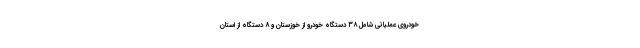
خودروی عملیاتی شامل ۳۸ دستگاه خودرو از خوزستان و ۸ دستگاه از استان